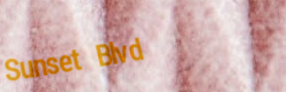
Sunset Blvd